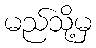
မည်သို့မှ